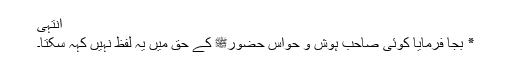
انتہیٰ
٭ بجا فرمایا کوئی صاحب ہوش و حواس حضورﷺ کے حق میں یہ لفظ نہیں کہہ سکتا۔